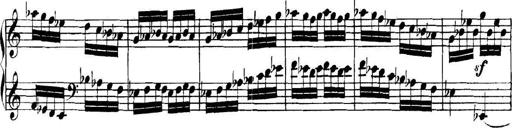
Title: Collected Piano Sonatas
Composer: Muzio Clementi